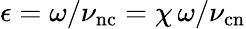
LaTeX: \epsilon=\omega/\nu_{\mathrm{nc}}=\chi\, \omega/\nu_{\mathrm{cn}}